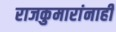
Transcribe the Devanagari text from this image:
राजकुमारांनाही